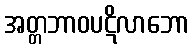
အတ္တဘာဝပဋိလာဘော